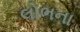
લોભના